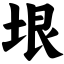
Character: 垠